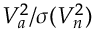
V _ { a } ^ { 2 } / \sigma ( V _ { n } ^ { 2 } )